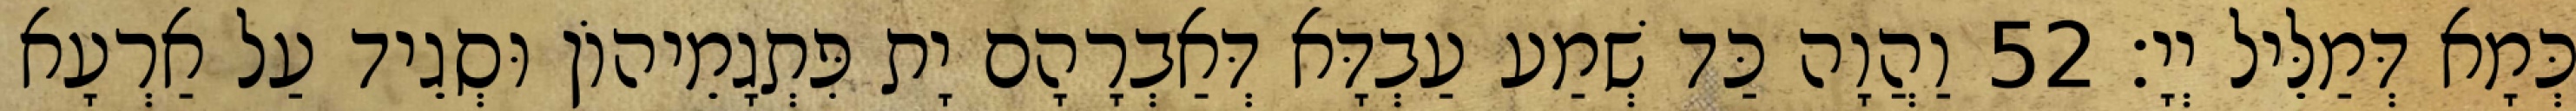
כְּמָא דְּמַלֵּיל יְיָ׃ 52 וַהֲוָה כַּד שְׁמַע עַבְדָּא דְּאַבְרָהָם יָת פִּתְגָמֵיהוֹן וּסְגֵיד עַל אַרְעָא